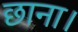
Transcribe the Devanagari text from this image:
छाना।